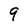
Character: 9